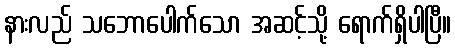
နားလည် သဘောပေါက်သော အဆင့်သို့ ရောက်ရှိပါပြီ။